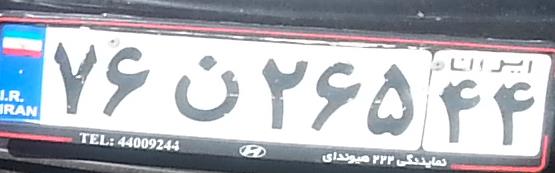
۷۶ن۲۶۵۴۴